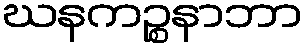
ဃနကဉ္စနာဘာ